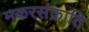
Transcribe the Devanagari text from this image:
मकरसंक्राति